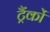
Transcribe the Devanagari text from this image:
ट्रैंकों